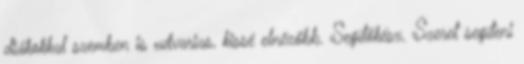
diákokkal szemben is udvarias, kissé elnézőbb. Segítőkész. Szeret segíteni